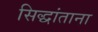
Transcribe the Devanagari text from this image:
सिद्धांताना